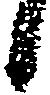
候